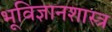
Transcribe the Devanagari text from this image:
भूविज्ञानशास्त्र